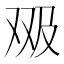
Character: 𱑶